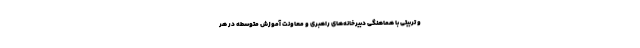
و تربیتی با هماهنگی دبیرخانه‌های راهبری و معاونت آموزش متوسطه در هر